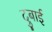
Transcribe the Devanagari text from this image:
दुबाई